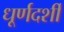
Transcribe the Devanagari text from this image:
धूर्णदर्शी